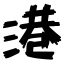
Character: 港